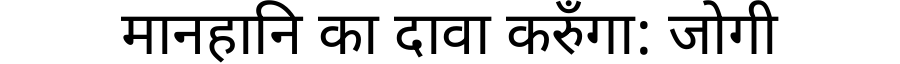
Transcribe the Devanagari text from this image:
मानहानि का दावा करुँगा: जोगी